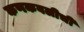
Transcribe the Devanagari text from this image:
कणकवलीची